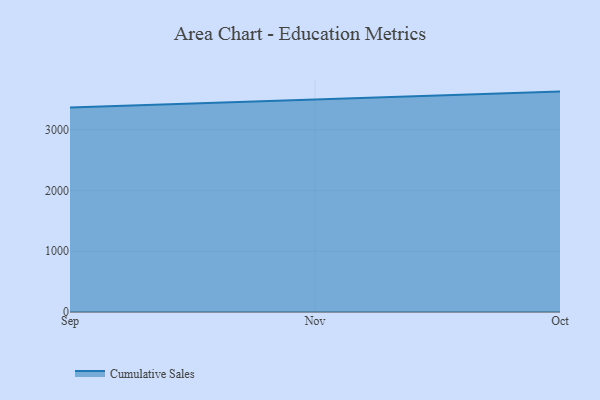
{"axis": {"x": "Month", "y": "Production Output"}, "legend": ["Cumulative Sales"], "data": [{"x": "Sep", "y": 3365.7, "type": "Cumulative Sales"}, {"x": "Nov", "y": 3495.9, "type": "Cumulative Sales"}, {"x": "Oct", "y": 3625.4, "type": "Cumulative Sales"}]}